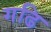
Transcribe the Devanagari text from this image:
गढि